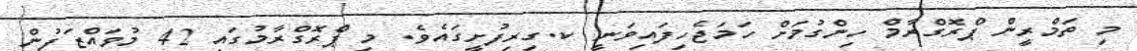
މި ތަމްރީން ޕްރޮގްރާމް ހިންގުމަށް ހަމަޖެހިފައިވަނީ ކ.ގިރިފުށީގައެވެ. މި ޕްރޮގްރާމުގައި 42 މުވައްޒަފުން